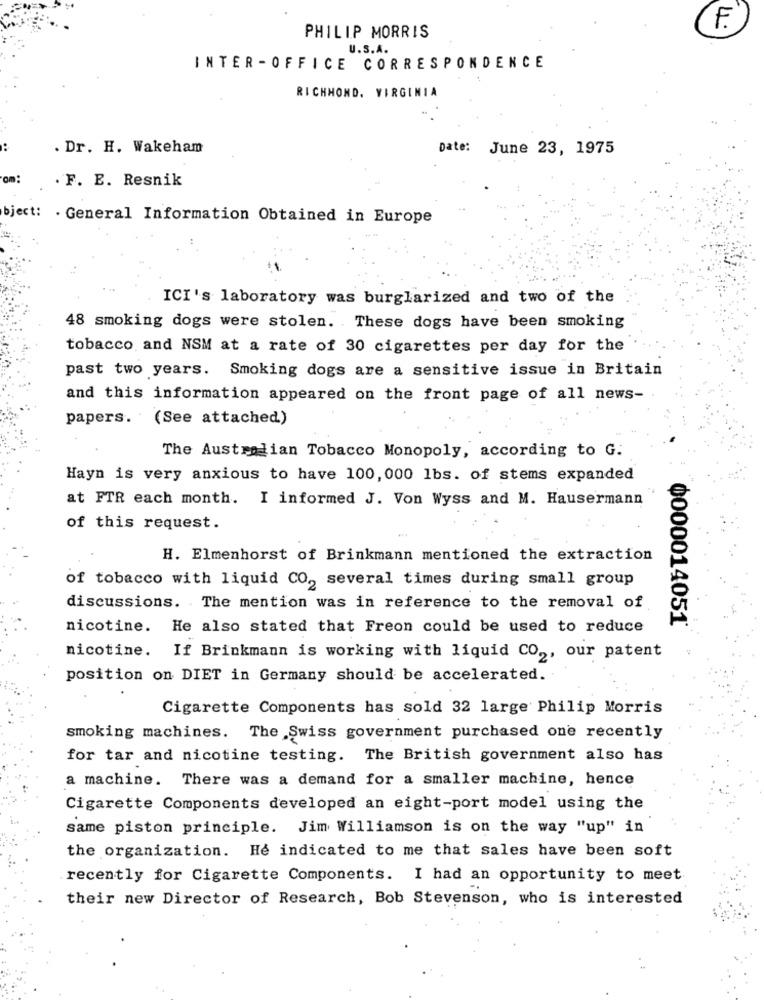
F.
PHILIP MORRIS
U.S.A.
INTER - OFFICE CORRESPONDENCE
RICHMOND, VIRGINIA
..
. Dr. H. Wakeham
Date: June 23, 1975
om:
. F. E. Resnik
bject: . General Information Obtained in Europe
ICI's laboratory was burglarized and two of the
48 smoking dogs were stolen. These dogs have been smoking
tobacco and NSM at a rate of 30 cigarettes per day for the
past two years. Smoking dogs are a sensitive issue in Britain
and this information appeared on the front page of all news-
papers. (See attached)
The Australian Tobacco Monopoly, according to G.
Hayn is very anxious to have 100, 000 1bs. of stems expanded
at FTR each month. I informed J. Von Wyss and M. Hausermann
of this request.
H. Elmenhorst of Brinkmann mentioned the extraction
of tobacco with liquid CO, several times during small group
discussions. The mention was in reference to the removal of
nicotine. He also stated that Freon could be used to reduce
¢000014051
nicotine. If Brinkmann is working with liquid CO2, our patent
position on DIET in Germany should be accelerated.
Cigarette Components has sold 32 large Philip Morris
smoking machines. The Swiss government purchased one recently
for tar and nicotine testing. The British government also has
a machine. There was a demand for a smaller machine, hence
Cigarette Components developed an eight-port model using the
same piston principle. Jim Williamson is on the way "up" in
the organization. He indicated to me that sales have been soft
recently for Cigarette Components. I had an opportunity to meet
their new Director of Research, Bob Stevenson, who is interested